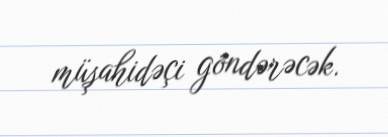
müşahidəçi göndərəcək.